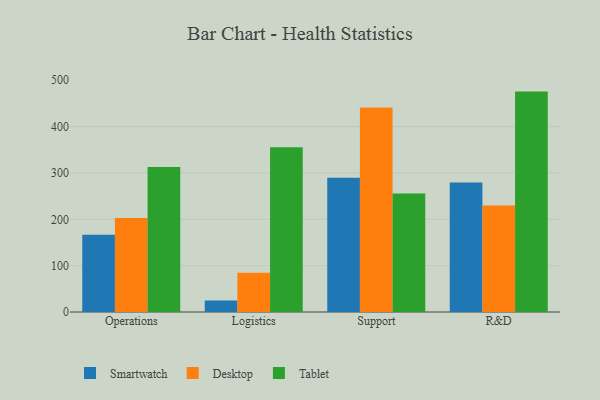
{"axis": {"x": "Department", "y": "Churn Rate (%)"}, "legend": ["Desktop", "Smartwatch", "Tablet"], "data": [{"x": "Operations", "y": 166.6, "type": "Smartwatch"}, {"x": "Operations", "y": 202.9, "type": "Desktop"}, {"x": "Operations", "y": 313.0, "type": "Tablet"}, {"x": "Logistics", "y": 24.6, "type": "Smartwatch"}, {"x": "Logistics", "y": 84.8, "type": "Desktop"}, {"x": "Logistics", "y": 355.4, "type": "Tablet"}, {"x": "Support", "y": 289.8, "type": "Smartwatch"}, {"x": "Support", "y": 441.2, "type": "Desktop"}, {"x": "Support", "y": 255.8, "type": "Tablet"}, {"x": "R&D", "y": 279.6, "type": "Smartwatch"}, {"x": "R&D", "y": 230.0, "type": "Desktop"}, {"x": "R&D", "y": 475.6, "type": "Tablet"}]}